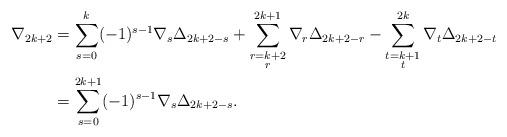
LaTeX: \begin{align*} \nabla_{2k+2}&=\sum_{s=0}^{k}(-1)^{s-1}\nabla_s\Delta_{2k+2-s}+\sum_{\substack{r=k+2 \\ r }}^{2k+1}\nabla_r\Delta_{2k+2-r}-\sum_{\substack{t=k+1 \\ t }}^{2k} \nabla_t\Delta_{2k+2-t}\\ &=\sum_{s=0}^{2k+1}(-1)^{s-1}\nabla_s\Delta_{2k+2-s}. \end{align*}